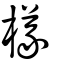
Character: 檥